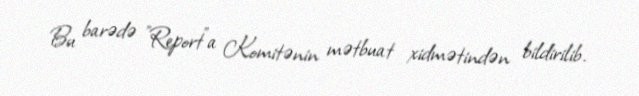
Bu barədə "Report"a Komitənin mətbuat xidmətindən bildirilib.